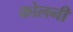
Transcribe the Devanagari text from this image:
कोलनी